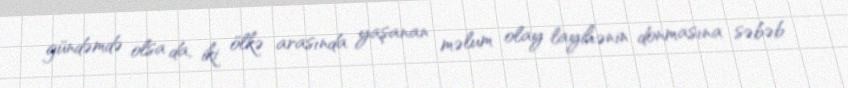
gündəmdə olsa da, iki ölkə arasında yaşanan məlum olay layihənin donmasına səbəb